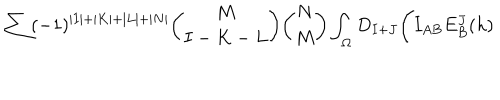
\sum ( - 1 ) ^ { \vert I \vert + \vert K \vert + \vert L \vert + \vert N \vert } { \binom { M } { I - K - L } } { \binom { N } { M } } \int _ { \Omega } D _ { I + J } \Biggl ( I _ { A B } E _ { B } ^ { J } ( h )